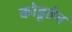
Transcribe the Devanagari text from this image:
कोडूतेन